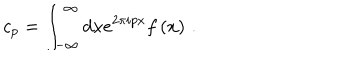
c _ { p } = \int _ { - \infty } ^ { \infty } d x e ^ { 2 \pi i p x } f \left( x \right) \, .